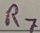
Text: R7